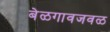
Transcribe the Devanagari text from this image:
बेळगावजवळ